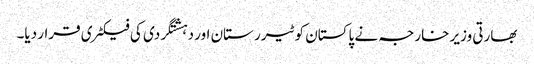
بھارتی وزیر خارجہ نے پاکستان کو ٹیرر ستان اور دہشتگردی کی فیکٹری قرار دیا۔